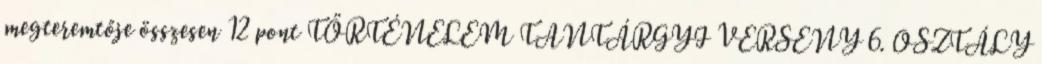
megteremtője összesen 12 pont TÖRTÉNELEM TANTÁRGYI VERSENY 6. OSZTÁLY